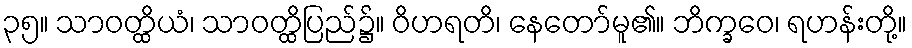
၃၅။ သာဝတ္ထိယံ၊ သာဝတ္ထိပြည်၌။ ဝိဟရတိ၊ နေတော်မူ၏။ ဘိက္ခဝေ၊ ရဟန်းတို့။